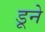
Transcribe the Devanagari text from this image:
डूने